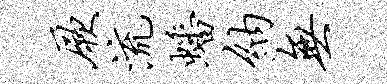
厥流蟠纳无